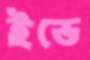
ইভে